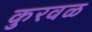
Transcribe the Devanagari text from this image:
कुरवळ